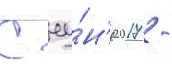
С иу́н'я 2017 -